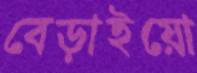
বেড়াইয়ো